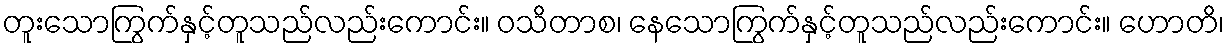
တူးသောကြွက်နှင့်တူသည်လည်းကောင်း။ ဝသိတာစ၊ နေသောကြွက်နှင့်တူသည်လည်းကောင်း။ ဟောတိ၊